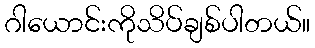
ဂါယောင်းကိုသိပ်ချစ်ပါတယ်။